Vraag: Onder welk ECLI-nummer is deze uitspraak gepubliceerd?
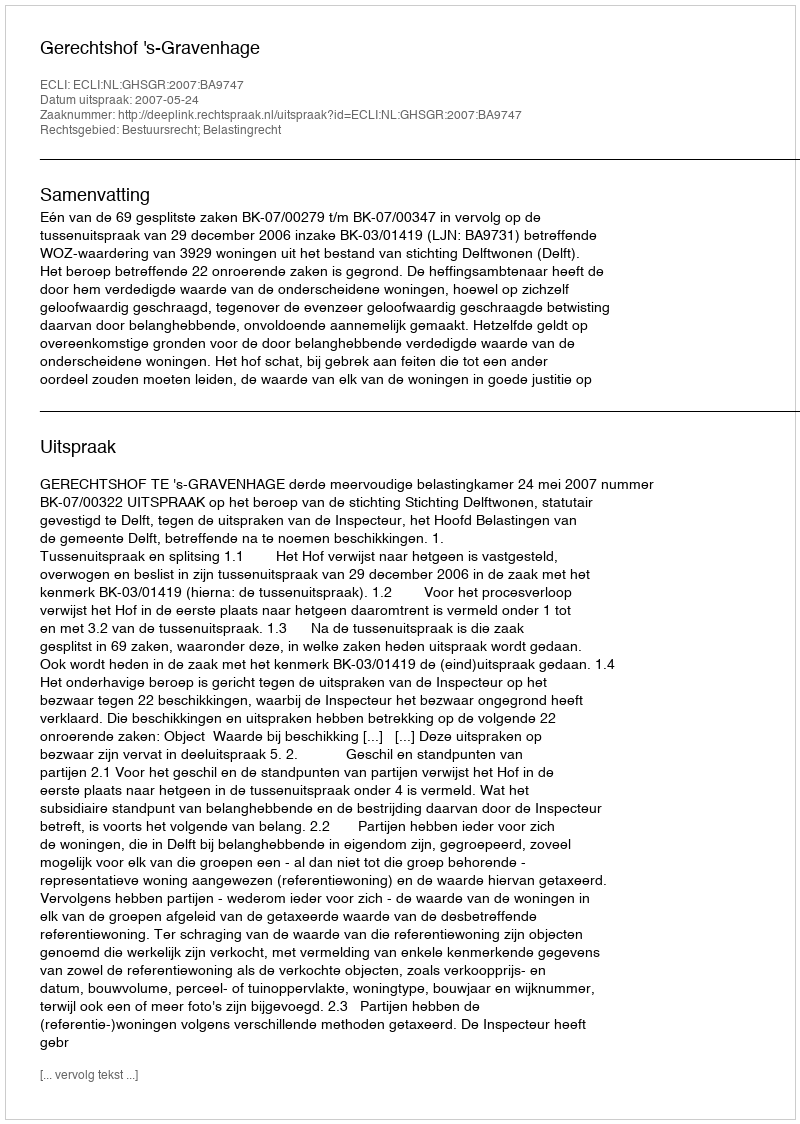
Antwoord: ECLI:NL:GHSGR:2007:BA9747